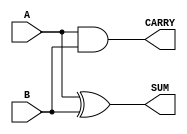
module Parameterized_Half_Adder #(parameter WIDTH = 1) (
    input  [WIDTH-1:0] A,  // Input A
    input  [WIDTH-1:0] B,  // Input B
    output [WIDTH-1:0] SUM, // Output SUM
    output [WIDTH-1:0] CARRY // Output CARRY
);

    // Logic for SUM and CARRY
    assign SUM   = A ^ B;   // SUM is the XOR of A and B
    assign CARRY = A & B;   // CARRY is the AND of A and B

endmodule